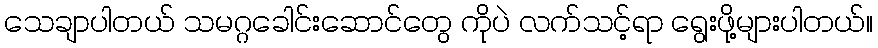
သေချာပါတယ် သမဂ္ဂခေါင်းဆောင်တွေ ကိုပဲ လက်သင့်ရာ ရွေးဖို့များပါတယ်။